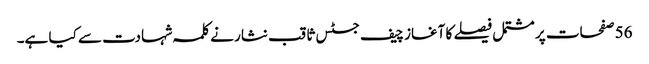
56 صفحات پر مشتمل فیصلے کا آغاز چیف جسٹس ثاقب نثار نے کلمہ شہادت سے کیا ہے۔